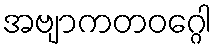
အဗျာကတဝဂ္ဂေါ